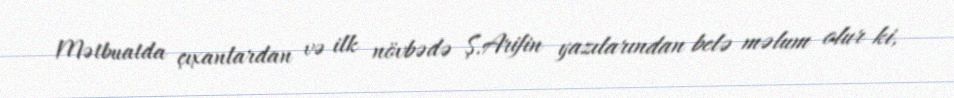
Mətbuatda çıxanlardan və ilk növbədə Ş.Arifin yazılarından belə məlum olur ki,